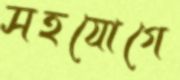
সহযোগে